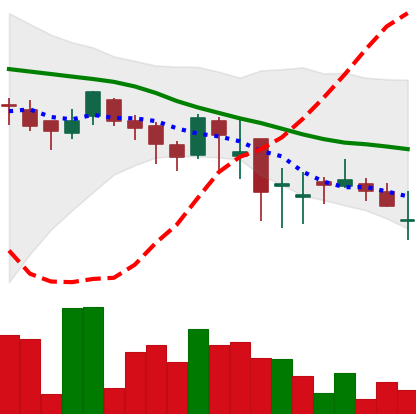
Ticker: DOGE-USD
Chart end date: 2018-05-18
Forward return: -10.605%
Label: down_7plus